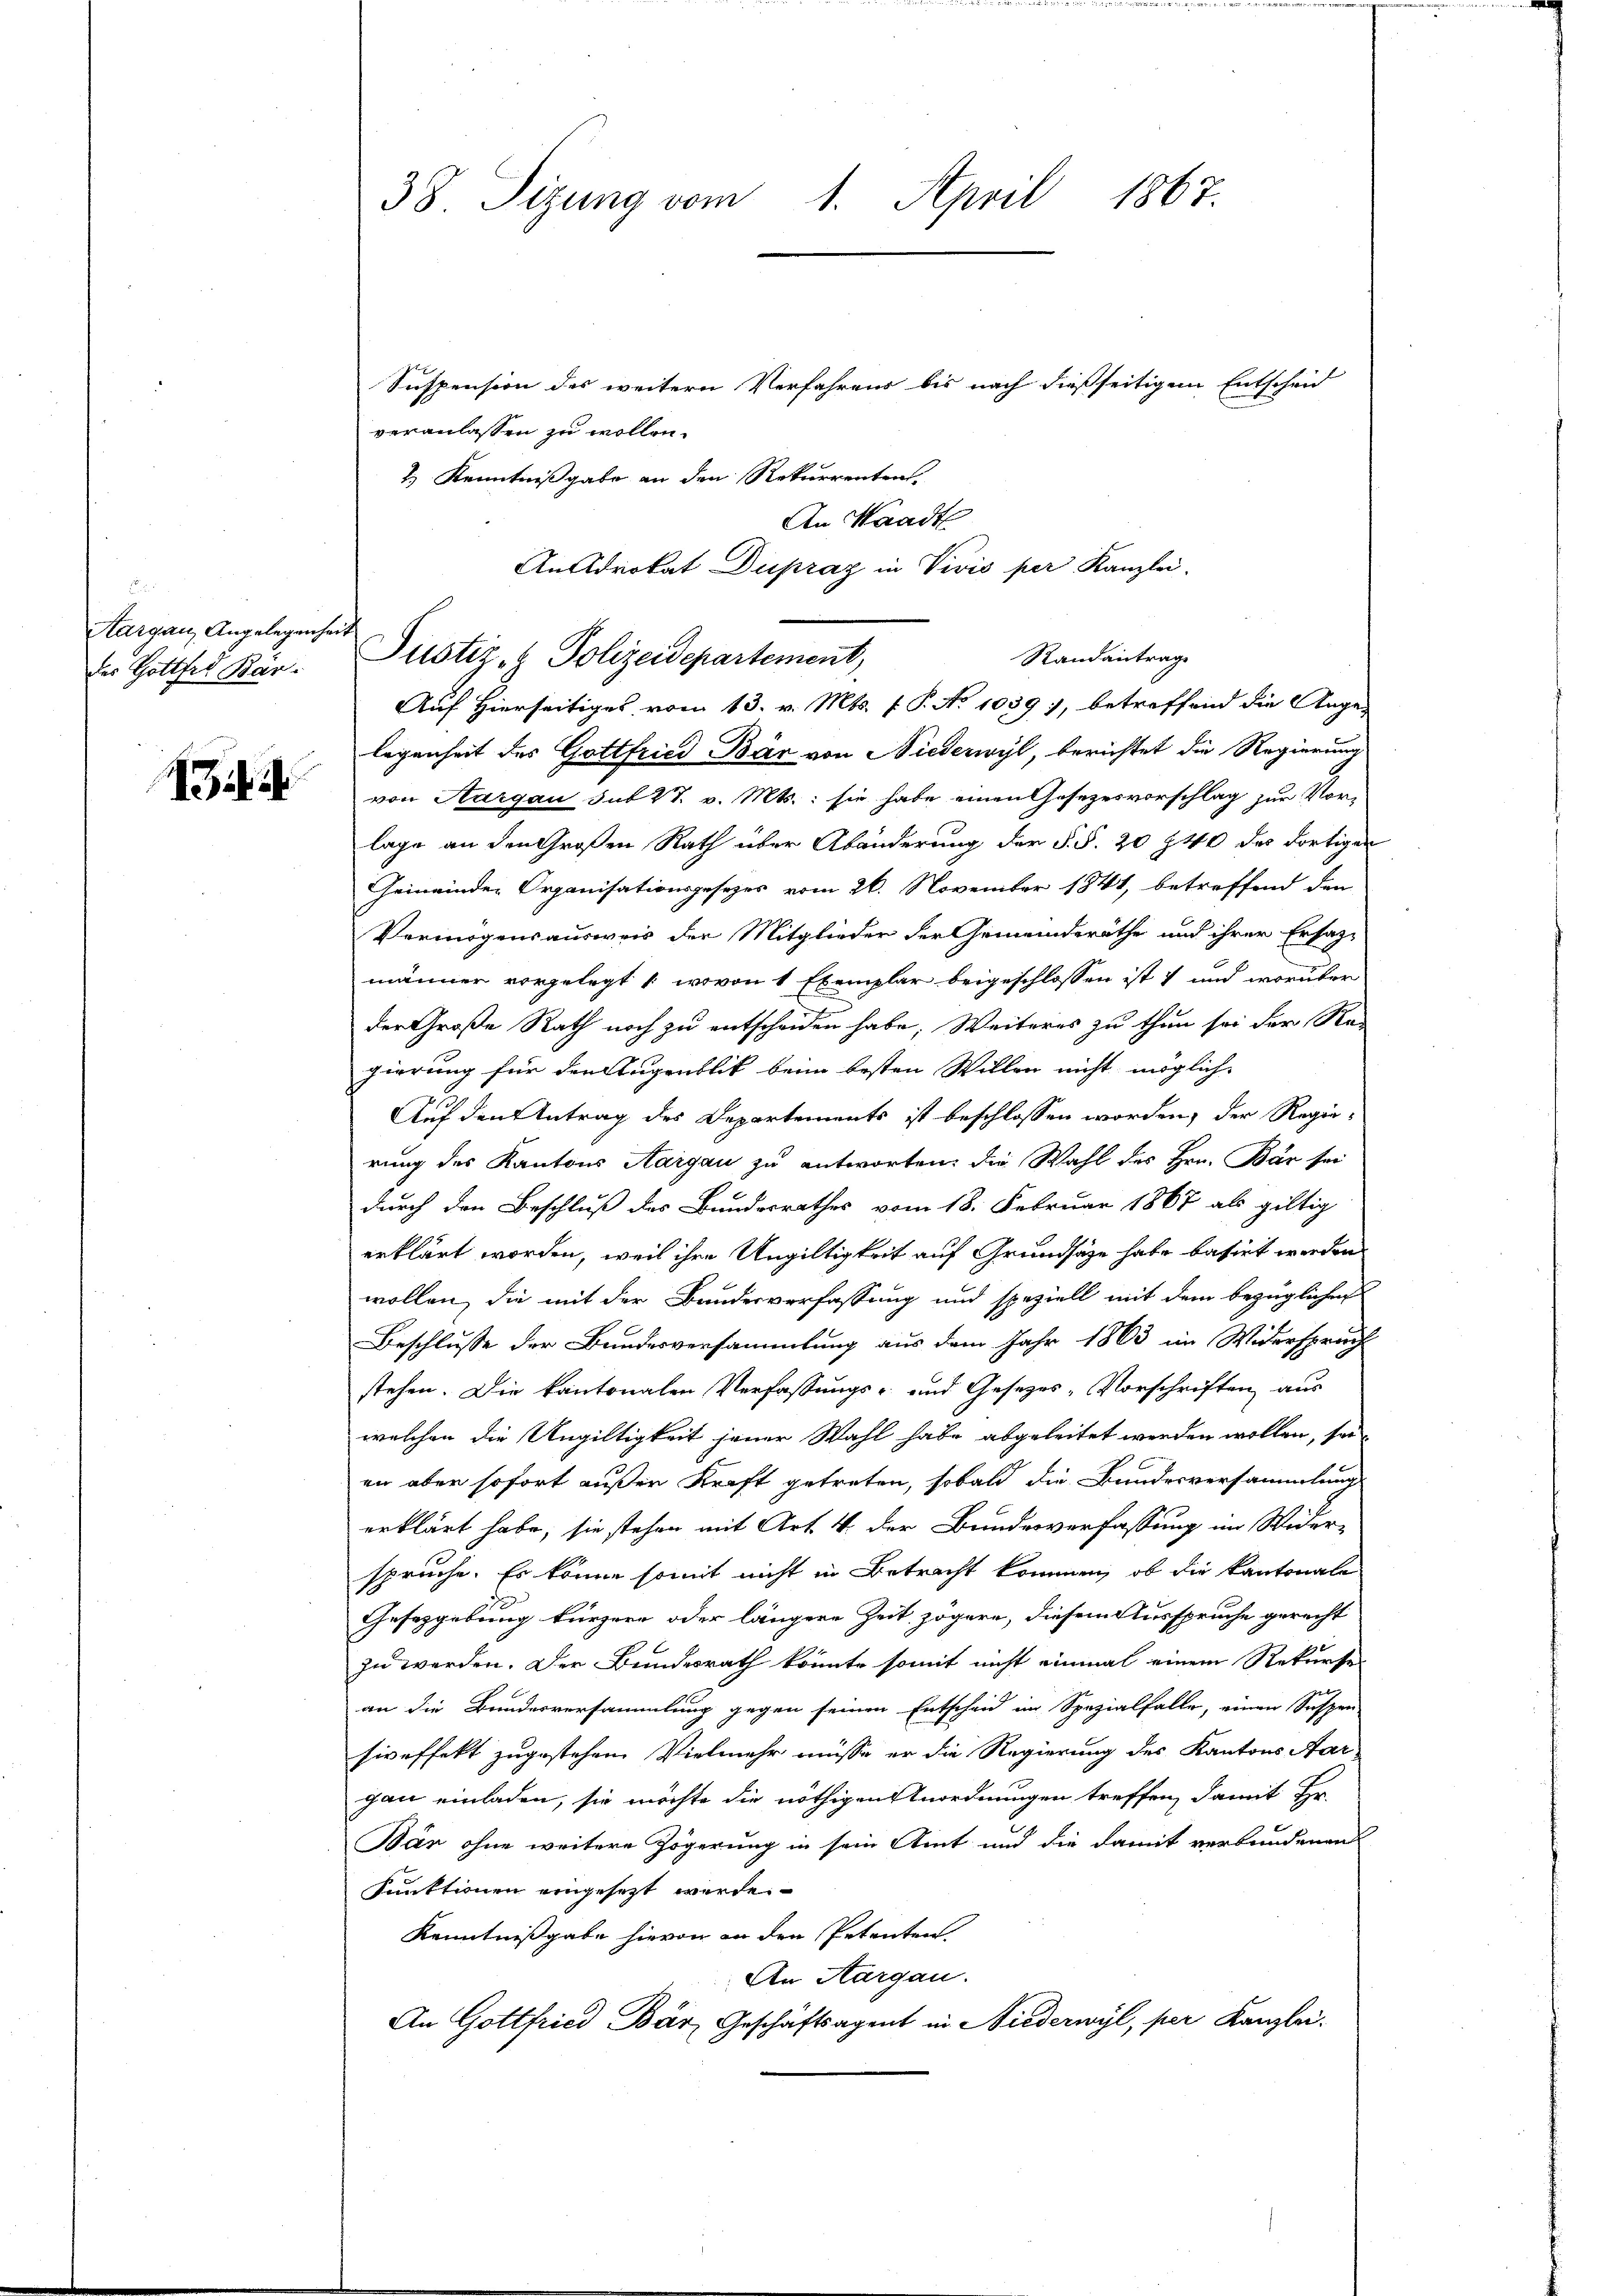
Aargau, Angelegenheit

d

Suspension des weitern Verfahrens bis nach dießseitigem Entscheid
veranlassen zu wollen.
2.) Kenntnißgabe an den Rekurrenten.
legenheit des Gottfried Bär von Niederwyl, berichtet die Regierung
von Aargau sub 27. v. Mts.: sie habe einen Gesezesvorschlag zur Vorlage an den Großen Rath über Abänderung der §. §. 20 40 des dortigen
Gemeinder Organisationsgesezes vom 26. November 1841, betreffend den
Vermögensausweis der Mitglieder der Gemeindsräthe und ihrer Ersaz-
männer vorgelegt (wovon 1 Exemplar beigeschlossen ist und worüber
der Große Rath noch zu entscheiden habe. Weiteres zu thun sei der Re-
gierung für den Augenblick beim besten Willen nicht möglich-
Auf den Antrag des Departements ist beschlossen worden, der Regie-
rung des Kantons Aargau zu antworten, die Wahl des Hrn. Bär sei
durch den Beschluß des Bundesrathes vom 18. Februar 1867 als giltig
erklärt worden, weil ihre Ungültigkeit auf Grundsätze habe basirt werden
wollen, die mit der Bandesverfassung und speziell mit dem bezüglichen
Beschlusse der Bundesversammlung aus dem Jahr 1863 im Widerspruch
stehen. Die kantonalen Verfassungs- und Gesezes-Vorschriften aus
welchen die Ungültigkeit jener Wahl habe abgeleitet werden wollen, sei
en aber sofort außer Kraft getreten, sobald die Bundesversammlung
erklärt habe, sie stehen mit Art. 4 der Bundesverfassung im Wider-
spruche. Es könne somit nicht in Betracht kommen, ob die Kantonale
Gesetzgebung kürzere oder längere Zeit zögere, diesem Ausspruche gerecht
zu werden. Der Bundesrath könnte somit nicht einmal einem Rekurses
an die Bundesversammlung gegen seinen Entscheid im Spezialfalle, einen Suspen
siveffekt zugestehen. Vielmehr müsse er die Regierung des Kantons Aar
gau einladen, sie möchte die nöthigen Anordnungen treffen, damit Hr.
Bár ohne weitere Zögerung in sein Amt und die damit verbundenen
Funktionen eingesetzt werde.
Kenntnißgabe hievon an den Petenten
An Aargau.
An Gottfried Bär, Geschäftsagent in Niederwyl, per Kanzlei.

38 Sizung vom 1. April 1867.

Der Gottfel Bar. Justiz- & Polizeidepartement,

An Waadt
Ansdrokat Dupraz in Vivis per Kanzlei.
Randantrage
Auf Hierseitiges vom 13. v. Mts. f. P. No 1089), betreffend die Ange-